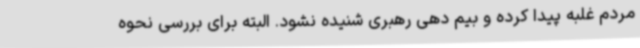
مردم غلبه پیدا کرده و بیم دهی رهبری شنیده نشود. البته برای بررسی نحوه